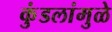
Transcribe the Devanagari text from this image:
कुंडलांमुळे